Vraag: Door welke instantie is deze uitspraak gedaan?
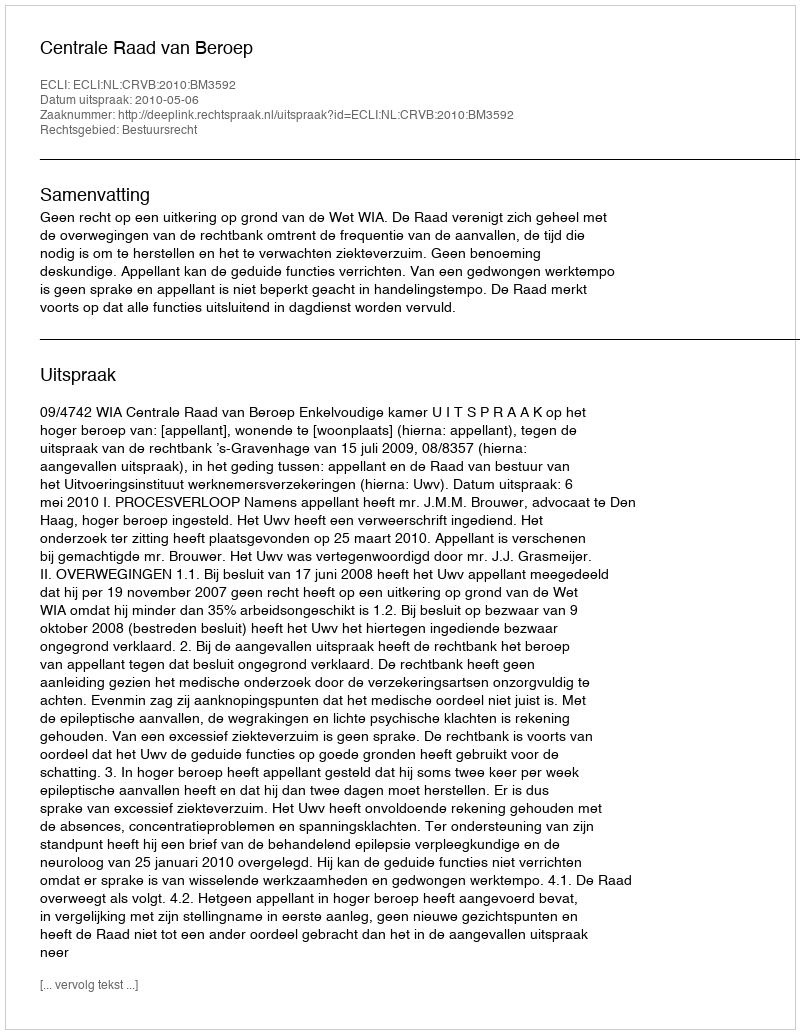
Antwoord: Centrale Raad van Beroep